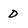
Character: D